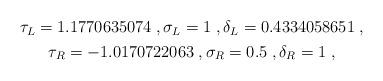
LaTeX: \begin{align*}\begin{gathered}\tau_L = 1.1770635074 \;, \sigma_L = 1 \;, \delta_L = 0.4334058651 \;, \\\tau_R = -1.0170722063 \;, \sigma_R = 0.5 \;, \delta_R = 1 \;,\end{gathered}\end{align*}